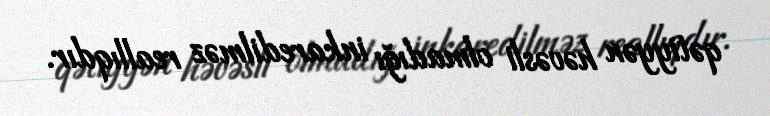
qətiyyən həvəsli olmadığı inkaredilməz reallıqdır.